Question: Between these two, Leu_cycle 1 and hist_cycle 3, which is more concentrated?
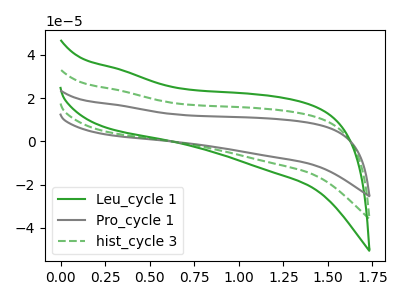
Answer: <think>The green curve "Leu_cycle 1" has no peaks. The gray curve "Pro_cycle 1" has no peaks. The green dashed curve "hist_cycle 3" has no peaks.
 Neither "Leu_cycle 1" or "hist_cycle 3" have any peaks.</think>
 <answer>I cant tell if "Leu_cycle 1" or "hist_cycle 3" has higher concentration.</answer>
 <eval>mixed_concentration</eval>